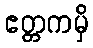
ဧတ္တကမှိ